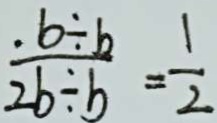
\frac { b \div b } { 2 b \div b } = \frac { 1 } { 2 }